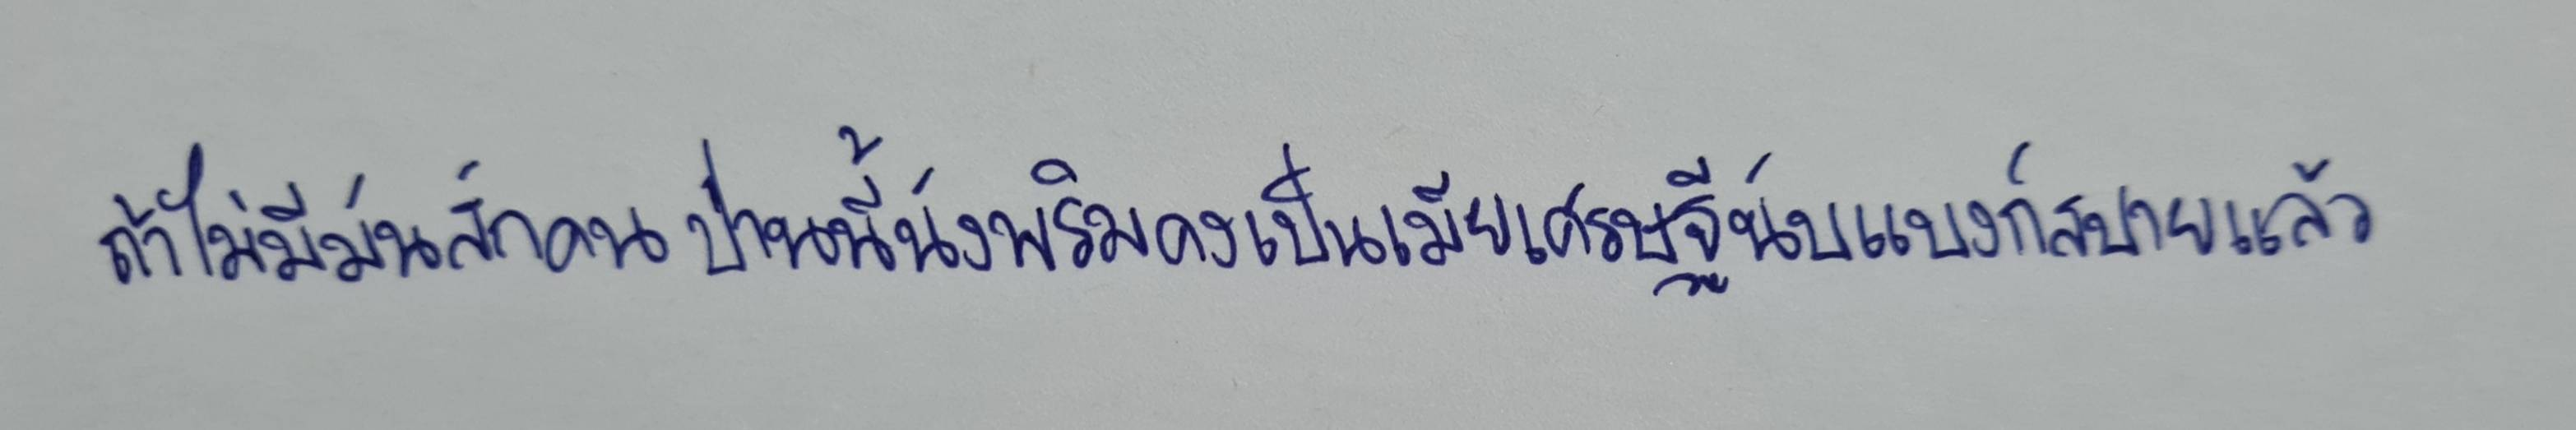
ถ้าไม่มีมันสักคนป่านนี้นังพริมคงเป็นเมียเศรษฐีนับแบงก์สบายแล้ว